Calcutta medical institutions reports 1892-1900
Year: 1892
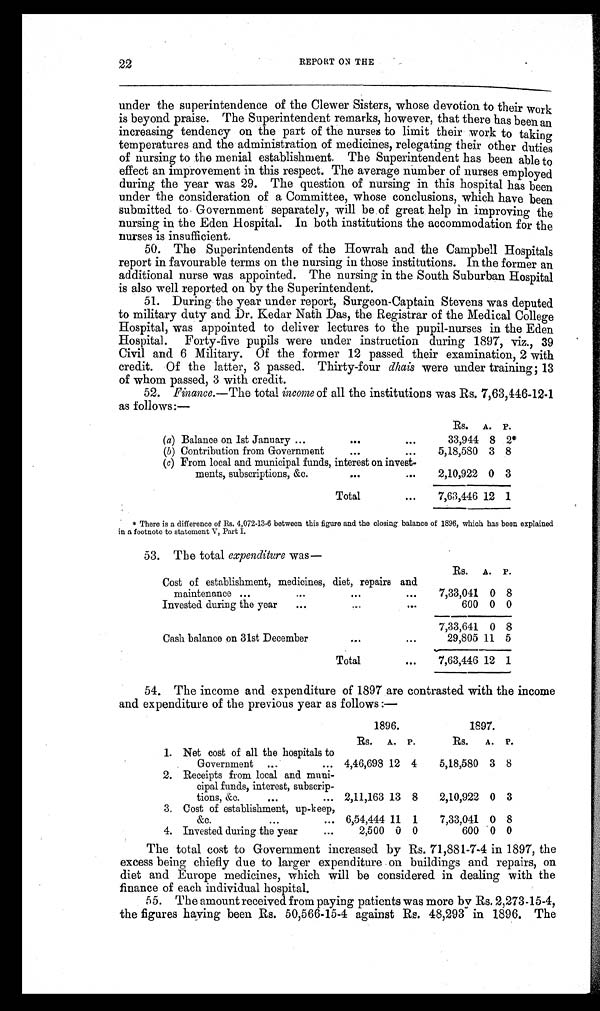
22
REPORT ON THE
under the superintendence of the Clewer Sisters, whose devotion to their work
is beyond praise. The Superintendent remarks, however, that there has been an
increasing tendency on the part of the nurses to limit their work to taking
temperatures and the administration of medicines, relegating their other duties
of nursing to the menial establishment. The Superintendent has been able to
effect an improvement in this respect. The average number of nurses employed
during the year was 29. The question of nursing in this hospital has been
under the consideration of a Committee, whose conclusions, which have been
submitted to Government separately, will be of great help in improving the
nursing in the Eden Hospital. In both institutions the accommodation for the
nurses is insufficient.
50. The Superintendents of the Howrah and the Campbell Hospitals
report in favourable terms on the nursing in those institutions. In the former an
additional nurse was appointed. The nursing in the South Suburban Hospital
is also well reported on by the Superintendent.
51. During the year under report, Surgeon-Captain Stevens was deputed
to military duty and Dr. Kedar Nath Das, the Registrar of the Medical College
Hospital, was appointed to deliver lectures to the pupil-nurses in the Eden
Hospital. Forty-five pupils were under instruction during 1897, viz., 39
Civil and 6 Military. Of the former 12 passed their examination, 2 with
credit. Of the latter, 3 passed. Thirty-four dhais were under training; 13
of whom passed, 3 with credit.
52. Finance. —The total income of all the institutions was Rs. 7,63,446-12-1
as follows:—
Rs. A. P.
(a) Balance on 1st January ...
. . .
. . .
33,944 8 2*
(b ) Contribution from Government
. . .
. . .
5,18,580 3 8
(c) From local and municipal funds, interest on invest-
ments, subscriptions, &c.
...
...
2,10,922 0 3
Total
. . .
7,63,446 12 1
* There is a difference of Rs. 4,072-13-6 between this figure and the closing balance of 1896, which has been explained
in a footnote to statement V, Part I.
53. The total expenditure was
—
Rs. A. P.
Cost of establishment, medicines, diet, repairs and
maintenance ...
...
. . .
. . .
7,33,041 0 8
Invested during the year
...
. . .
. . .
600 0 0
7,33,641 0 8
Cash balance on 31st December
...
. . .
29,805 11 5
Total
. . .
7,63,446 12 1
54. The income and expenditure of 1897 are contrasted with the income
and expenditure of the previous year as follows :—
1896.
1897.
Rs. A. P.
Rs. A. P.
1. Net cost of all the hospitals to
Government ...
... 4,46,698 12 4
5,18,580 3 8
2. Receipts from local and muni-
cipal funds, interest, subscrip-
tions, &c.
...
... 2,11,163 13 8
2,10,922 0 3
3. Cost of establishment, up-keep,
&c.
. . .
... 6,54,444 11 1
7,33,041 0 8
4. Invested during the year
...
2,500 0 0
600 0 0
The total cost to Government increased by Rs. 71,881-7-4 in 1897, the
excess being chiefly due to larger expenditure on buildings and repairs, on
diet and Europe medicines, which will be considered in dealing with the
finance of each individual hospital.
55. The amount received from paying patients was more by Rs. 2,273-15-4,
the figures having been Rs. 50,566-15-4 against Rs. 48,293 in 1896. The